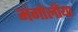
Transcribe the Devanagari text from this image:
मंगोलीया